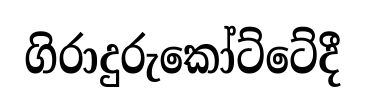
ගිරාදුරුකෝට්ටේදී